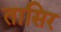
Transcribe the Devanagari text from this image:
तासिर